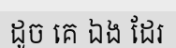
ដូច គេ ឯង ដែរ